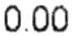
0.00